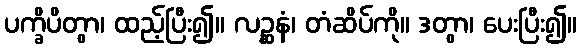
ပက္ခိပိတွာ၊ ထည့်ပြီး၍။ လဉ္ဆနံ၊ တံဆိပ်ကို။ ဒတွာ၊ ပေးပြီး၍။